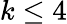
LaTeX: k\le 4